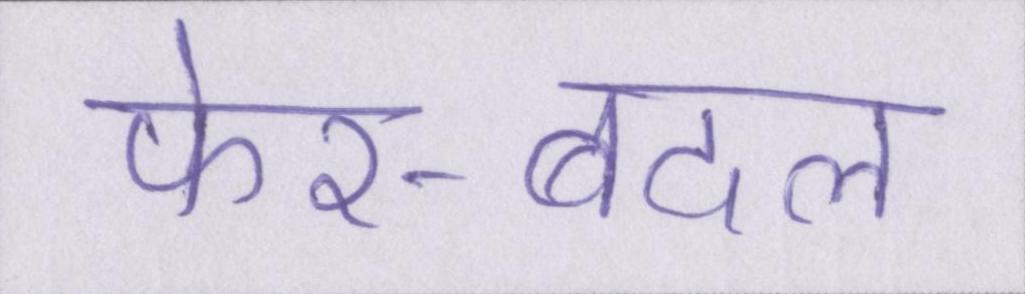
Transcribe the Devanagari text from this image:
फेर-बदल